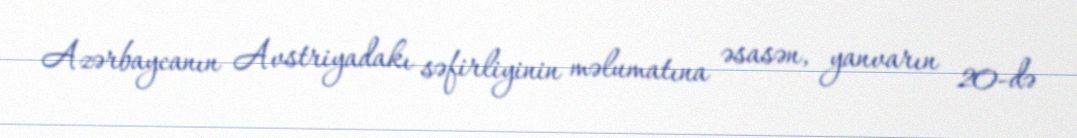
Azərbaycanın Avstriyadakı səfirliyinin məlumatına əsasən, yanvarın 20-də